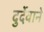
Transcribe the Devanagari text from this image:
दुर्देवाने